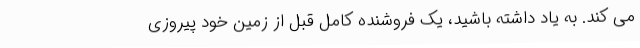
می کند. به یاد داشته باشید، یک فروشنده کامل قبل از زمین خود پیروزی